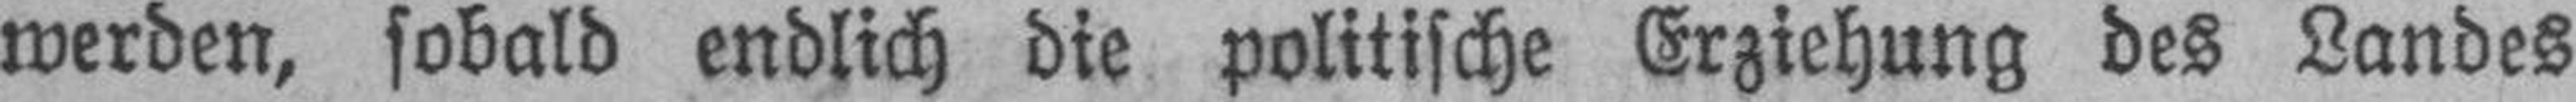
werden, sobald endlich die politische Erziehung des Landes